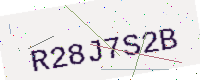
Text: R28J7S2B